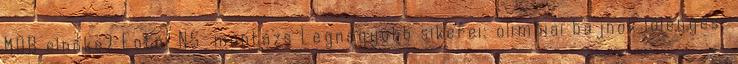
MOB elnöke? Fotó: NS-montázs Legnagyobb sikerei: olimpiai bajnok lólengés: